V__Kingissepa_nim__kolhoos, lk 52
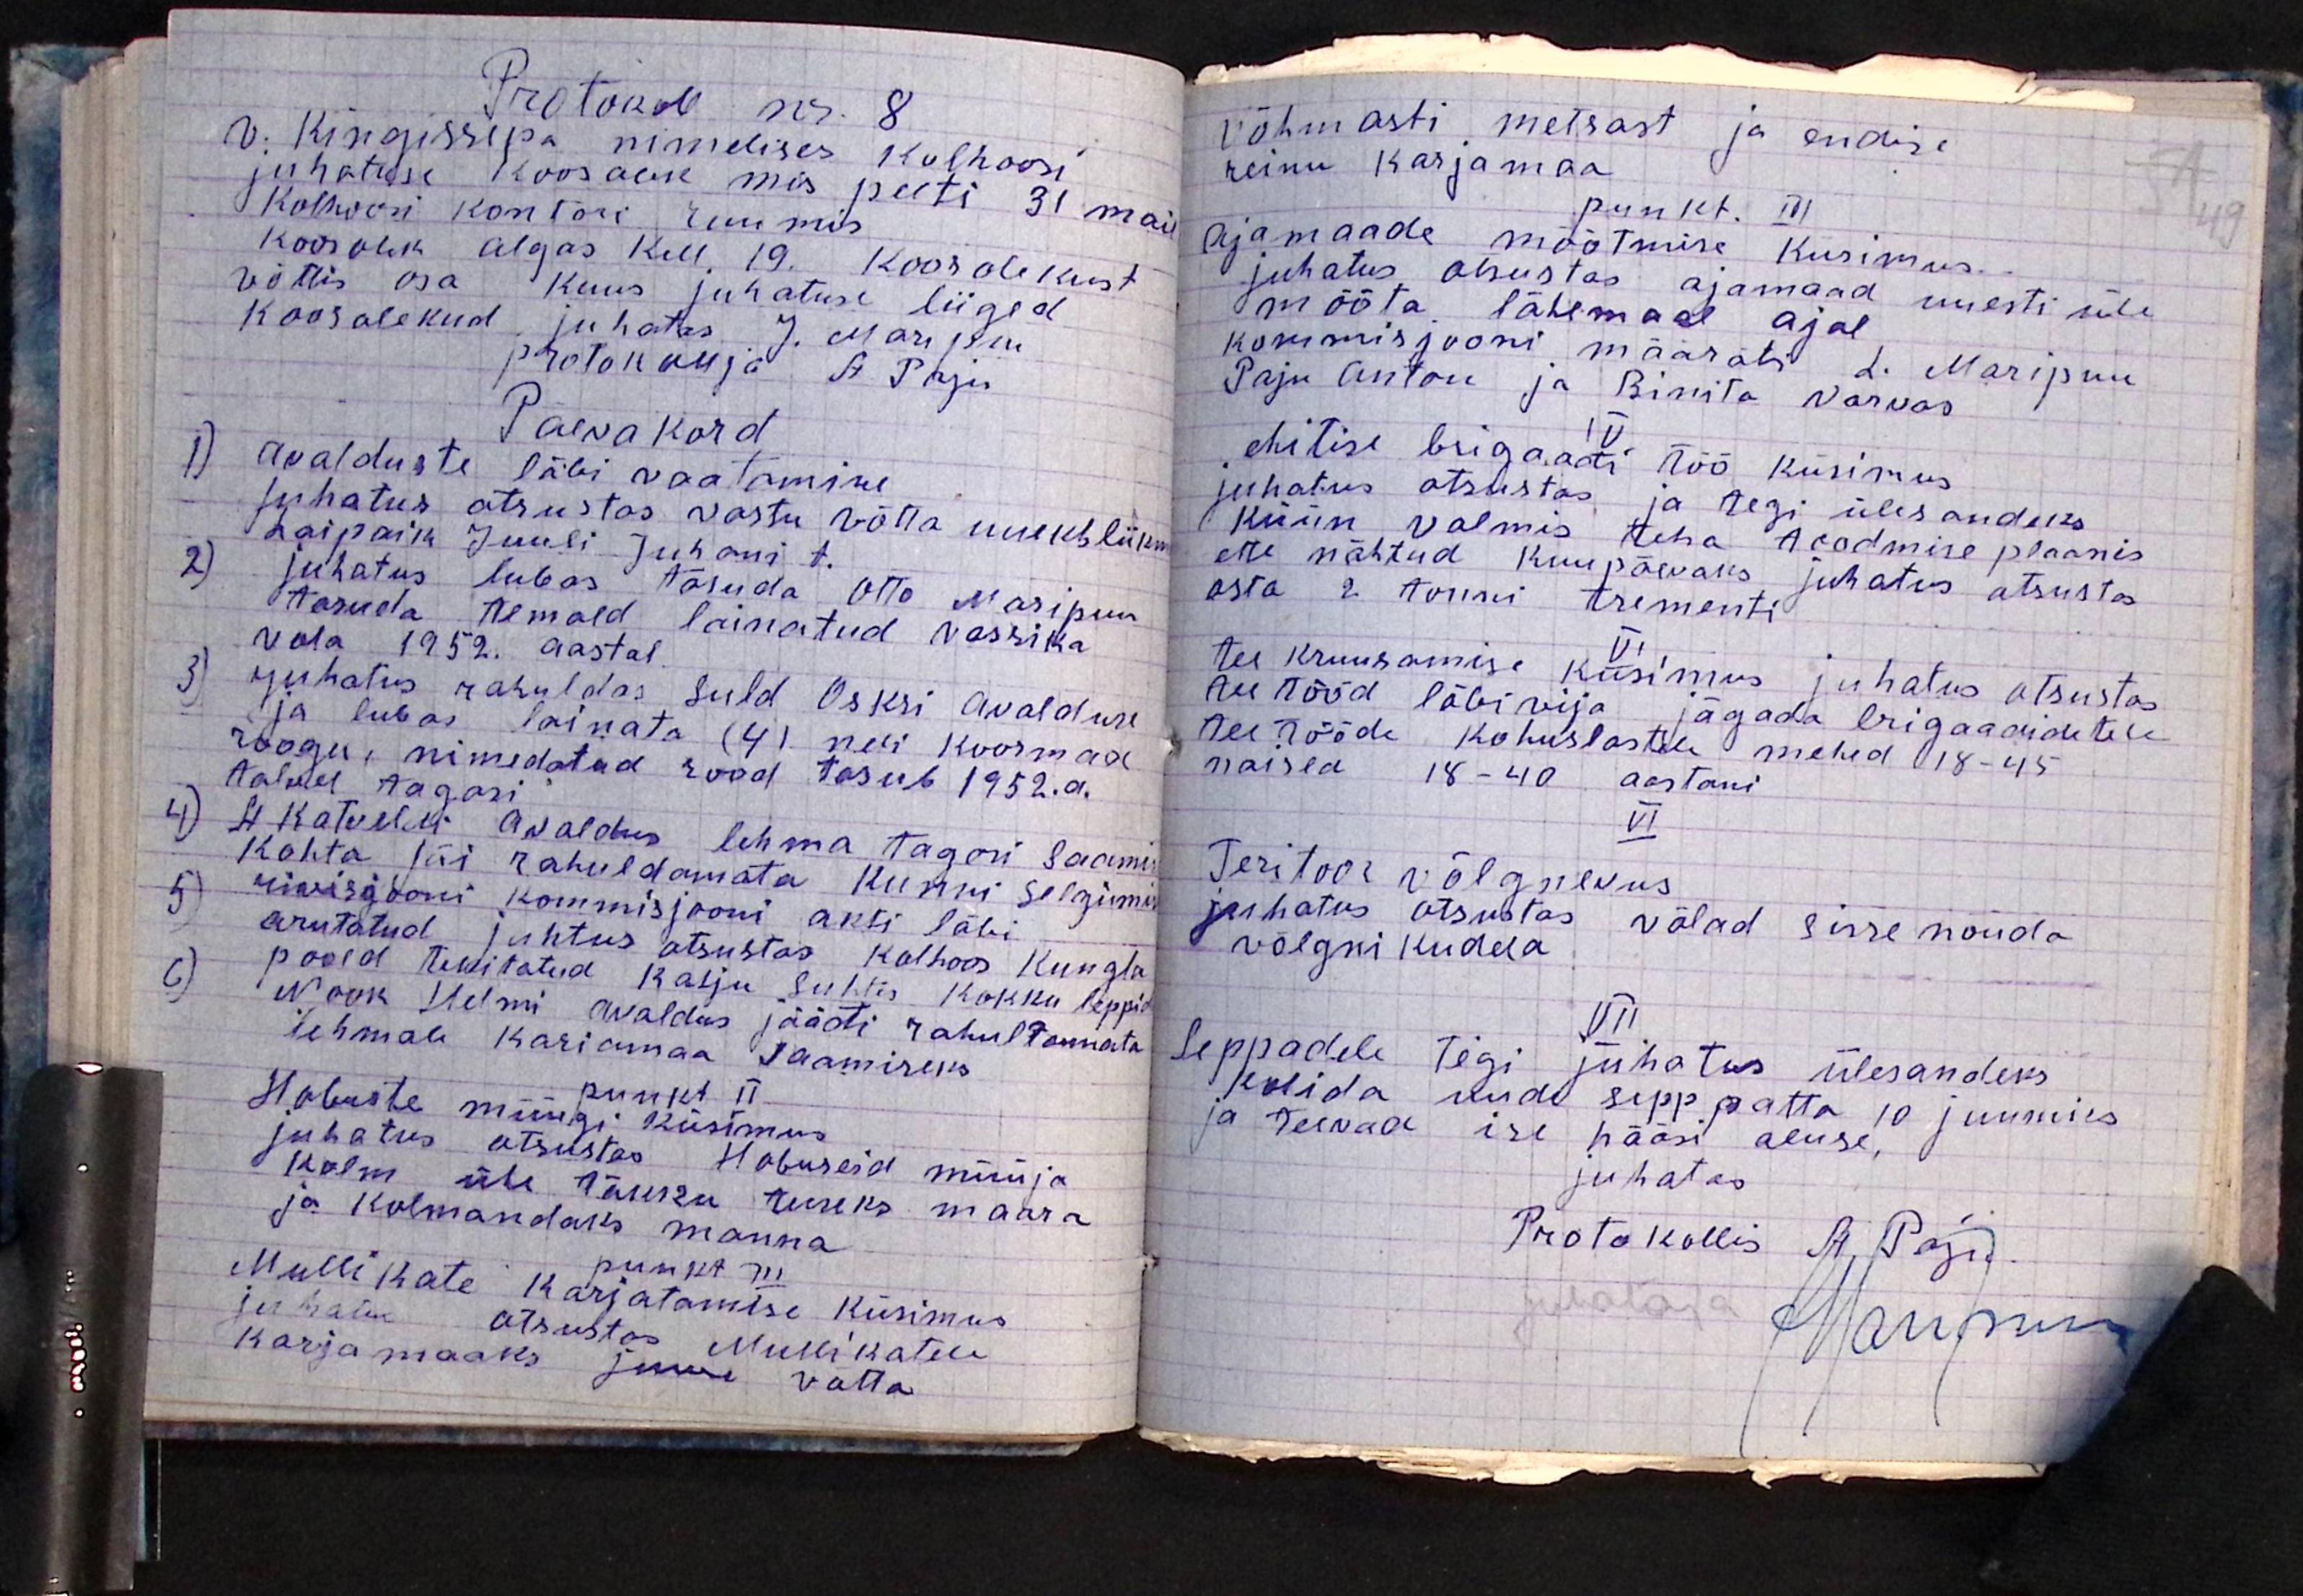
Protokoll nr. 8
V. Kingissepa nimelises kolhoosi
juhatuse koosolek mis peeti 31 mai
Kolhoosi kontori ruumis
Koosolek algas kell 19. Koosolekust
võttis osa kuus juhatuse liiged
Koosolekud juhatas J. Maripuu
protokollja A. Paju
Päevakord
1) avalduste läbi vaatamine
juhatus otsustas vastu võtta uueks liikm
Laipaik Juuli Juhani t.
2) juhatus lubas tasuda Otto Maripuu
tasuda temald lainatud vassika
vola 1952. aastal.
3) juhatus rahuldas Suld Oskri avalduse
ja lubas lainata (4) neli koormad
roogu, nimedatud rood tasub 1952.a.
talvel tagasi
4) H. Katveldi avaldus lehma tagasi saamise
kohta jäi rahuldamata kunni selgumis
5) rivisjooni kommisjooni akti läbi
arutatud juhtus otsustas kolhoos Kungla
poold tekitatud kahju suhtes kokku leppi
6) Nook Helmi avaldus jääti rahultamata
lehmale kariamaa saamiseks
punkt II
Hobuste müügi küsimus
juhatus otsustas Hobuseid müüja
kolm ühe tõuku teiseks maara
ja kolmandaks manna
punkt III
Mullikate karjatamise küsimus
juhatus otsustas Mullikatele
karjamaaks juure võtta

Võhmasti metsast ja endise
reinu karjamaa.
punkt. III
ajamaade mõõtmise küsimus.
juhatus otsustas ajamaad uuesti üle
mõõta lähemaal ajal
kommisjooni määrati L. Maripuu
Paju Anton ja Binita Varvas
IV
ehitise brigaadi töö küsimus
juhatus otsustas ja tegi ülesandeks
küün valmis teha toodmise plaanis
ette nähtud kuupäevaks juhatus otsustas
osta 2 tonni tsementi
VI
tee kruusamise küsimus juhatus otsustas
teetööd läbivija jägada brigaadidetele
teetööde kohuslastele mehed 18-45
naised 18-40 aastani
VI
Teritoor võlgnevus
juhatus otsustas võlad sisse nõuda
võlgnikudelt
VII
Seppadele tegi juhatus ülesandeks
Kolida uude sepp patta 10 juuniks
ja teevad ise hääsi aluse,
juhatas
Protokollis A. Paju
juhataja Maripuu